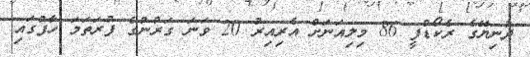
ދުނިޔޭގެ ރެކޯޑްފީ 86 މިލިއަނަށް އެރިއިރު 20 ވަނަ ގަރުނުގެ ފުރަތަމަ ހާފުގައި